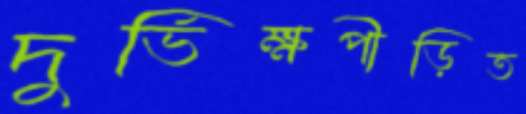
দুর্ভিক্ষপীড়িত